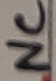
Text: NC